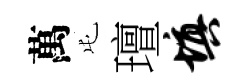
萬屯璮填